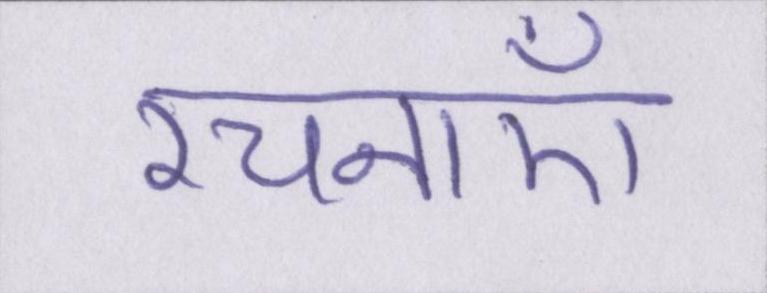
रचनाएँ